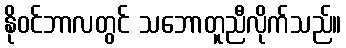
နိုဝင်ဘာလတွင် သဘောတူညီလိုက်သည်။